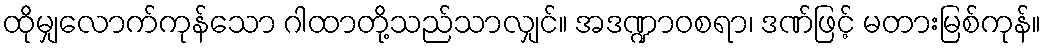
ထိုမျှလောက်ကုန်သော ဂါထာတို့သည်သာလျှင်။ အဒဏ္ဍာဝစရာ၊ ဒဏ်ဖြင့် မတားမြစ်ကုန်။